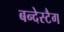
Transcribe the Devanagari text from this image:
बन्देस्टैग